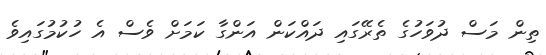
ތިން މަސް ދުވަހުގެ ތެރޭގައި ދައްކަން އަންގާ ކަމަށް ވެސް އެ ހުކުމުގައިވެ